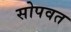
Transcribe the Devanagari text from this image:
सोपवत